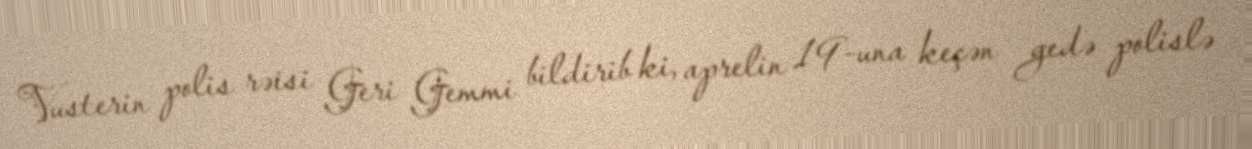
Vusterin polis rəisi Geri Gemmi bildirib ki, aprelin 19-una keçən gedə polislə